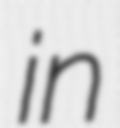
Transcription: in